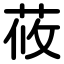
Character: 莜